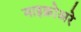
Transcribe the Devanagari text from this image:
माइक्रोअरे